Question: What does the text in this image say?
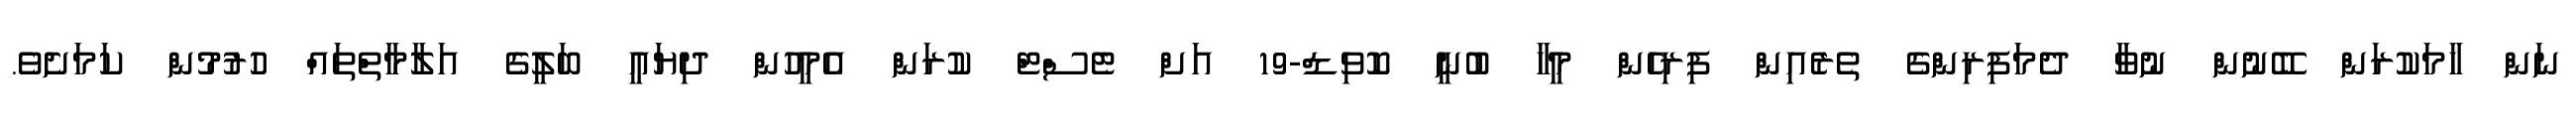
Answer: ނަން ހާމަކުރަން ބޭނުން ނުވާ ދެމަފިރިންގެ ތެރެއިން ފިރިހެން މީހާ ބުނީ ކޮވިޑް-19 އަށް ޓެސްޓް ކުރަން އެމީހުން ދިޔައީ ބަލީގެ އަލާމާތްތައް ހުރުމުން ކަމަށެވެ.